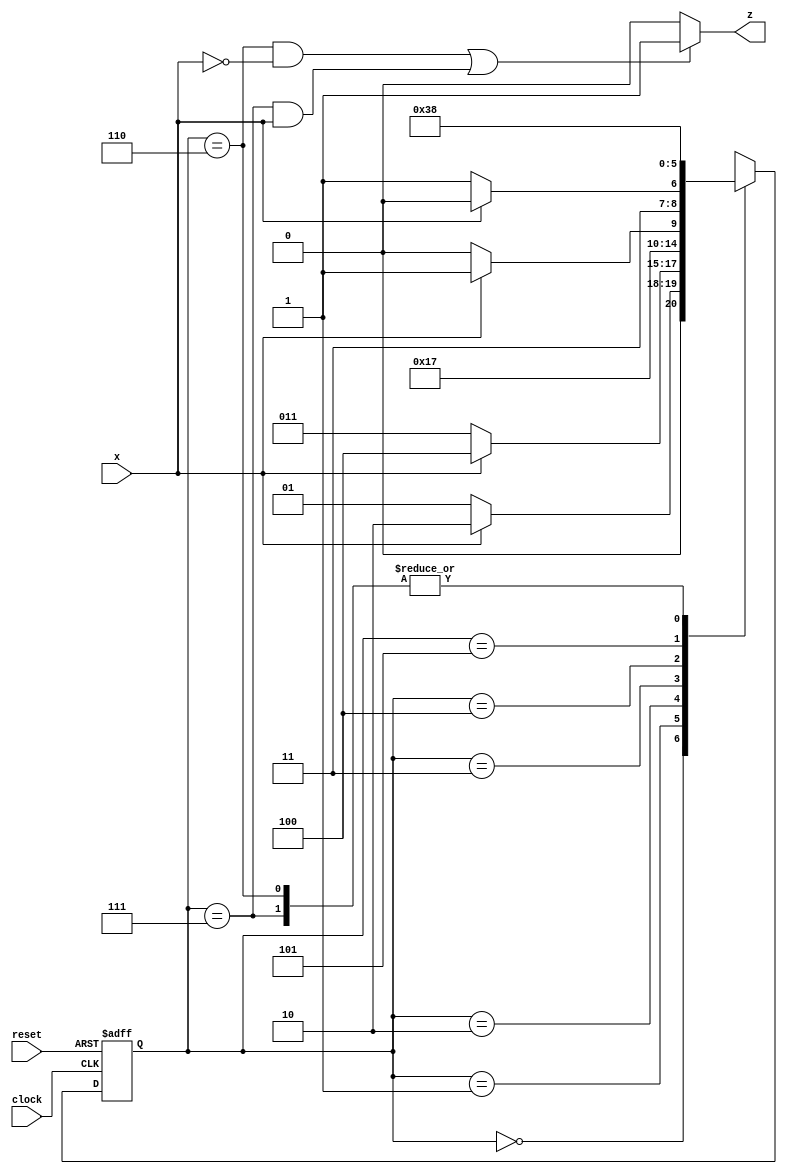
module Lab3_BCD_OPG_state_diagram(output z, input x,clock,reset);

reg z;
reg [2:0] state,next_state;
parameter s0=3'b000;
parameter s1=3'b001;
parameter s2=3'b010;
parameter s3=3'b011;
parameter s4=3'b100;
parameter s5=3'b101;
parameter s6=3'b110;
parameter s7=3'b111;

always@(posedge clock,negedge reset)begin
    if(!reset) state<=s0;
    else state<=next_state;
end

always@(state,x)begin
    case(state)
        s0: if(x) next_state=s2; else next_state=s1;
        s1: if(x) next_state=s4; else next_state=s3;
        s2: next_state=s5;
        s3: if(x) next_state=s7; else next_state=s6;
        s4: if(x) next_state=s6; else next_state=s7;
        s5: next_state=s7;
        s6: if(x) next_state=s0; else next_state=s0;
        s7: if(x) next_state=s0; else next_state=s0;
    endcase
end

always@(state,x)begin
    if((state==s6 && x==0)||(state==s7 && x==1))z=1;
    else z=0;
end

endmodule